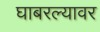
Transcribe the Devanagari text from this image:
घाबरल्यावर